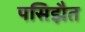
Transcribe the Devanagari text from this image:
पसिझैत